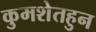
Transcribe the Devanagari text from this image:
कुमशेतहुन